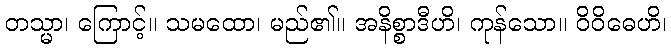
တသ္မာ၊ ကြောင့်။ သမထော၊ မည်၏။ အနိစ္စာဒီဟိ၊ ကုန်သော။ ဝိဝိဓေဟိ၊